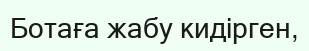
Ботаға жабу кидiрген,